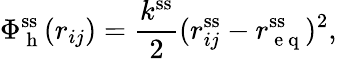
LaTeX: \Phi_{\mathrm{~h~}}^{\mathrm{ss}}(r_{ij})=\frac{k^{\mathrm{ss}}}{2}(r_{ij}^{\mathrm{ss}}-r_{\mathrm{~e~q~}}^{\mathrm{ss}})^{2},